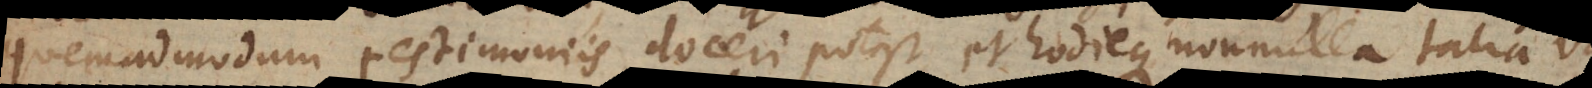
quemadmodum testimoniis doceri potest, hodieque nonnulla talia v